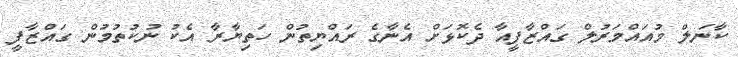
ކާނަލް މުއައްމަރުލް ގައްޒާފީއާ ދެކޮޅަށް އެނާގެ ރައްޔިތުން ހަތިޔާރާ އެކު ނުކުތުމުން ގައްޒާފީ